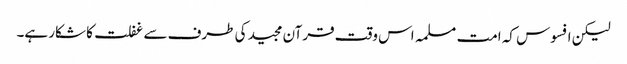
لیکن افسوس کہ امت مسلمہ اس وقت قرآن مجید کی طرف سے غفلت کا شکار ہے۔